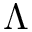
\Lambda